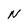
Character: N